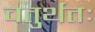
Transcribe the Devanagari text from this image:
चतुर्थतः